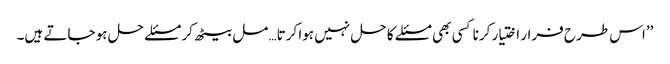
’’اس طرح فرار اختیار کرنا کسی بھی مسئلے کا حل نہیں ہوا کرتا… مل بیٹھ کر مسئلے حل ہو جاتے ہیں۔